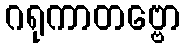
ဂရုကာတဗ္ဗော